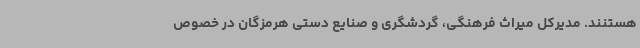
هستنند. مدیرکل میراث فرهنگی، گردشگری و صنایع دستی هرمزگان در خصوص